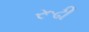
રૂઢી